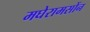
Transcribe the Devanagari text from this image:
मघेरामसोंन